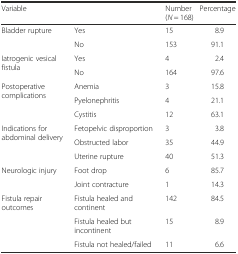
<table><thead><tr><td colspan="2"><b>Variable</b></td><td><b>Number (<i>N</i> = 168)</b></td><td><b>Percentage</b></td></tr></thead><tbody><tr><td rowspan="2">Bladder rupture</td><td>Yes</td><td>15</td><td>8.9</td></tr><tr><td>No</td><td>153</td><td>91.1</td></tr><tr><td rowspan="2">Iatrogenic vesical fistula</td><td>Yes</td><td>4</td><td>2.4</td></tr><tr><td>No</td><td>164</td><td>97.6</td></tr><tr><td rowspan="3">Postoperative complications</td><td>Anemia</td><td>3</td><td>15.8</td></tr><tr><td>Pyelonephritis</td><td>4</td><td>21.1</td></tr><tr><td>Cystitis</td><td>12</td><td>63.1</td></tr><tr><td rowspan="3">Indications for abdominal delivery</td><td>Fetopelvic disproportion</td><td>3</td><td>3.8</td></tr><tr><td>Obstructed labor</td><td>35</td><td>44.9</td></tr><tr><td>Uterine rupture</td><td>40</td><td>51.3</td></tr><tr><td rowspan="2">Neurologic injury</td><td>Foot drop</td><td>6</td><td>85.7</td></tr><tr><td>Joint contracture</td><td>1</td><td>14.3</td></tr><tr><td rowspan="3">Fistula repair outcomes</td><td>Fistula healed and continent</td><td>142</td><td>84.5</td></tr><tr><td>Fistula healed but incontinent</td><td>15</td><td>8.9</td></tr><tr><td>Fistula not healed/failed</td><td>11</td><td>6.6</td></tr></tbody></table>